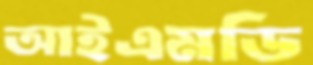
আইএমডি